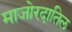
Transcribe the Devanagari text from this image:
माजोरदातिल